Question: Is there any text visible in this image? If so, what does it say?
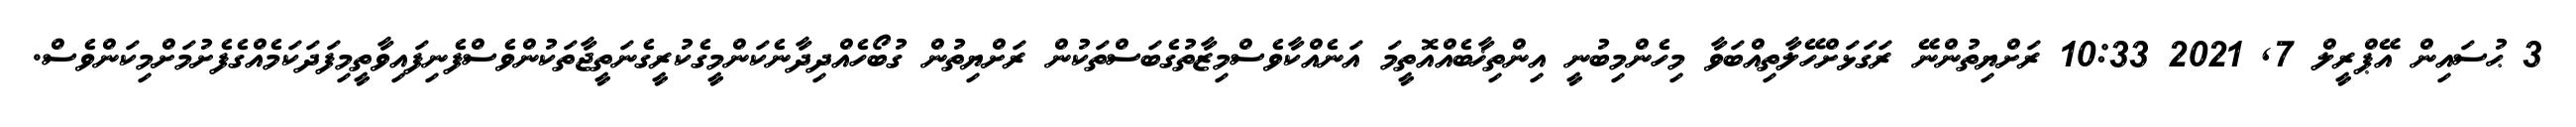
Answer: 3 ޙުސައިން އޭޕްރީލް 7, 2021 10:33 ރަށްޔިތުންނޭ ރަގަޅަށްހޭލާތިއްބަވާ މިހެންމިބުނީ އިންތިޚާބެއްއޮތީމަ އަނެއްކާވެސްމިޒާތުގެބަސްތަކުން ރަށްޔިތުން ގުބޯހެއްދިދާނެކަންމީގެކުރީގެނަތީޖާތަކުންވެސްފެނިފައިވާތީމިފަދަކަމެއްގެފެށުމަށްމިކަންވެސް.